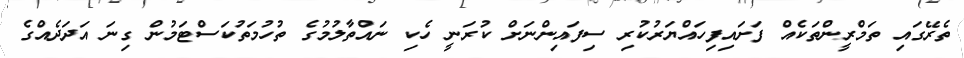
ތެރޭގައި ތަމްރީންތަކެއް ފަށައިފިހައްޔަރުކުރި ސިފައިންނަށް ކުރަނީ ހެކި ނައްތާލުމުގެ ތުހުމަތުކަސްޓަމުން ގިނަ އަދަދެއްގެ